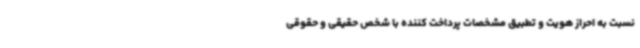
نسبت به احراز هویت و تطبیق مشخصات پرداخت کننده با شخص حقیقی و حقوقی